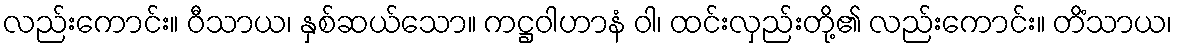
လည်းကောင်း။ ဝီသာယ၊ နှစ်ဆယ်သော။ ကဋ္ဌဝါဟာနံ ဝါ၊ ထင်းလှည်းတို့၏ လည်းကောင်း။ တိံသာယ၊